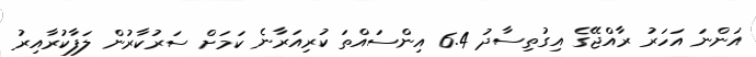
އަންނަ އަހަރު ރާއްޖޭގެ އިގުތިސާދު 6.4 އިންސައްތަ ކުރިއަރާނެ ކަމަށް ސަރުކާރުން ލަފާކުރާއިރު